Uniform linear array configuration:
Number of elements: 8
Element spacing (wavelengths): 0.5
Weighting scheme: exponential
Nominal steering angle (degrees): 60
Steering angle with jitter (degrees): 58.927
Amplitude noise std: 0.05
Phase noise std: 0.05

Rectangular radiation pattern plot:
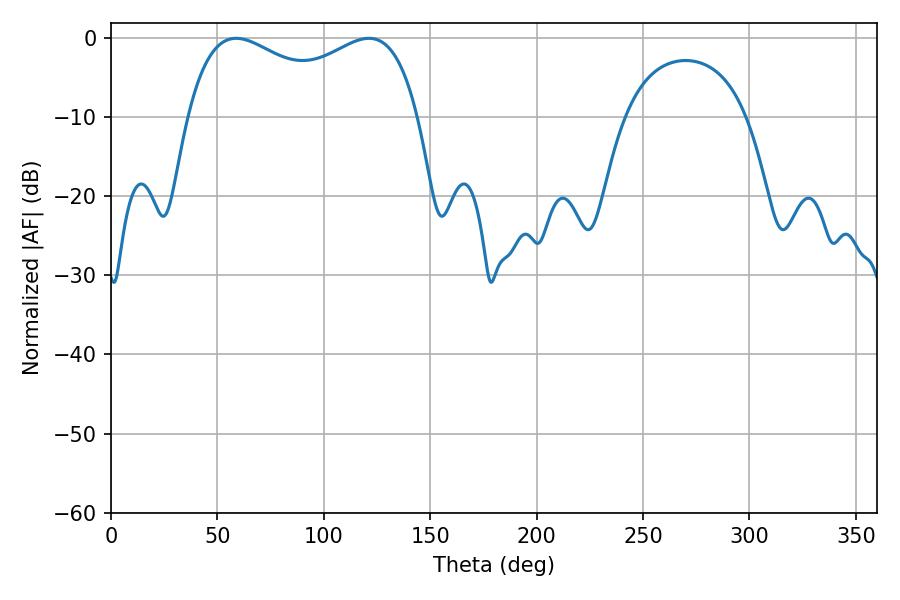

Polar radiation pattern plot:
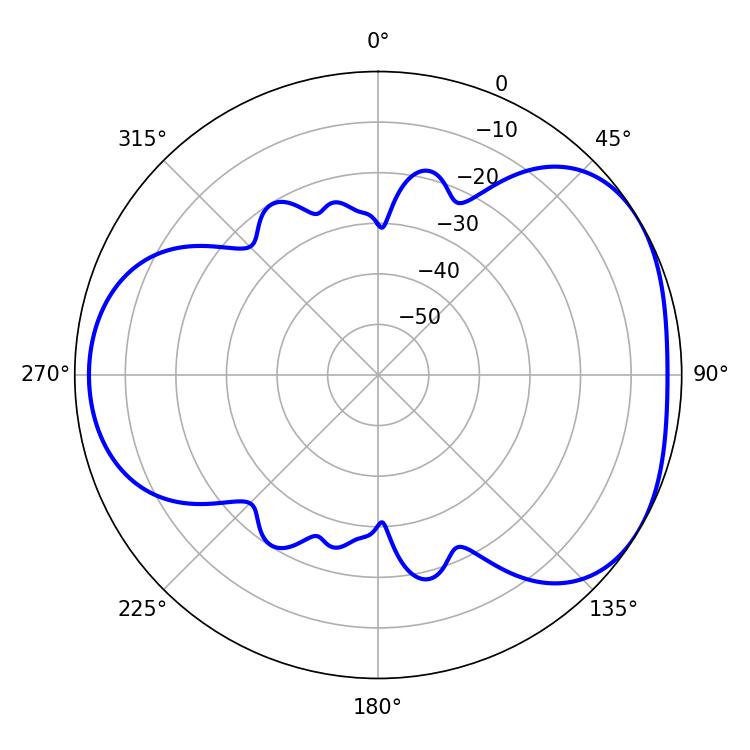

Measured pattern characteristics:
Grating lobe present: FALSE
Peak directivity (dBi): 4.155
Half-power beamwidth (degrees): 90
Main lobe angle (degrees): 58.86